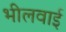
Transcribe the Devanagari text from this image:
भीलवाई